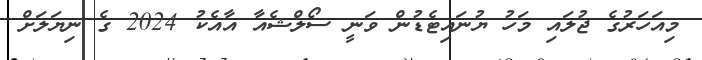
މިއަހަރުގެ ޖުލައި މަހު ޔުނައިޓެޑުން ވަނީ ސޯލްޝެއާ އާއެކު 2024 ގެ ނިޔަލަށް